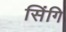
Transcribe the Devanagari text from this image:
सिंगि